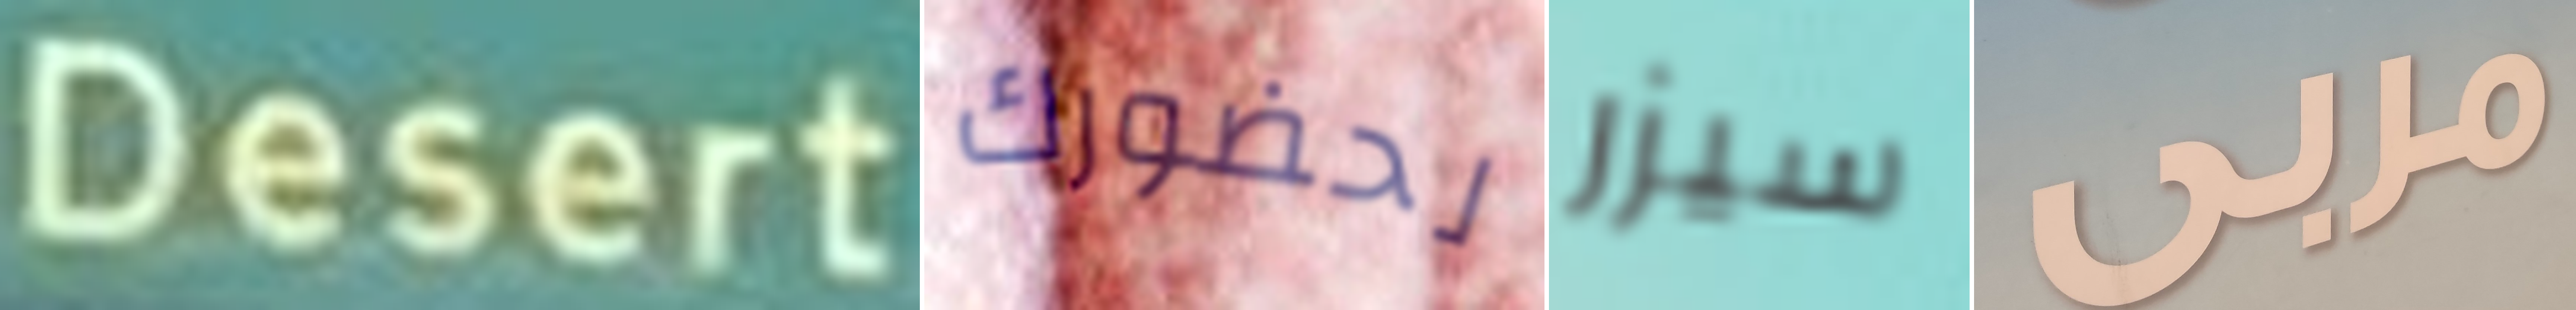
Desert لحضورك سيزر مربى